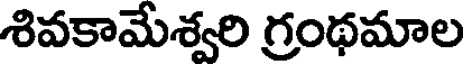
శివకామేశ్వరి గ్రంథమాల